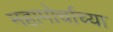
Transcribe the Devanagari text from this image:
महामोर्चाच्या